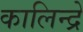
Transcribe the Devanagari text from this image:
कालिन्द्रे